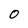
Character: 0